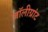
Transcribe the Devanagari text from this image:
जॉलीग्रांट